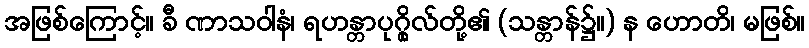
အဖြစ်ကြောင့်။ ခီ ဏာသဝါနံ၊ ရဟန္တာပုဂ္ဂိုလ်တို့၏ (သန္တာန်၌။) န ဟောတိ၊ မဖြစ်။